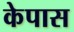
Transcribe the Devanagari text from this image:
केपास